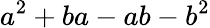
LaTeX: a^{2}+ba-ab-b^{2}